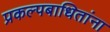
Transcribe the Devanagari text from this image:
प्रकल्पबाधितांना